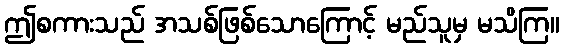
ဤစကားသည် အသစ်ဖြစ်သောကြောင့် မည်သူမှ မသိကြ။